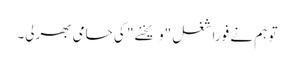
تو ہم نے فورا شغل "ویخنے " کی حامی بھرلی۔